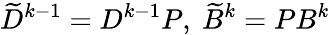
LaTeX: \widetilde{D}^{k-1}=D^{k-1}P,\ \widetilde{B}^{k}=PB^{k}